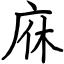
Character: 庥